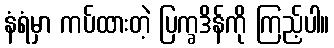
နံရံမှာ ကပ်ထားတဲ့ ပြက္ခဒိန်ကို ကြည့်ပါ။